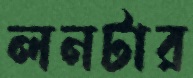
লনটার